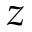
z